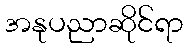
အနုပညာဆိုင်ရာ